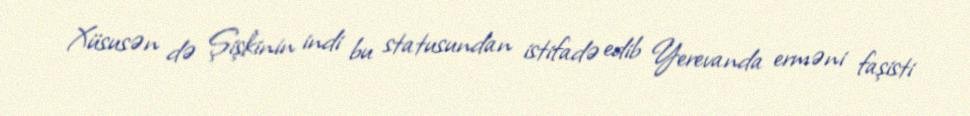
Xüsusən də Şişkinin indi bu statusundan istifadə edib Yerevanda erməni faşisti